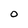
Character: O